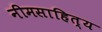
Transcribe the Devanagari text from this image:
नीमसाहित्य